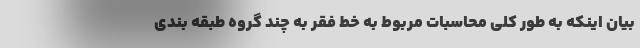
بیان اینکه به طور کلی محاسبات مربوط به خط فقر به چند گروه طبقه بندی